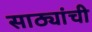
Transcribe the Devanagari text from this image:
साठ्यांची